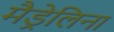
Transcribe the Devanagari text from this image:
मैड्रेलिना